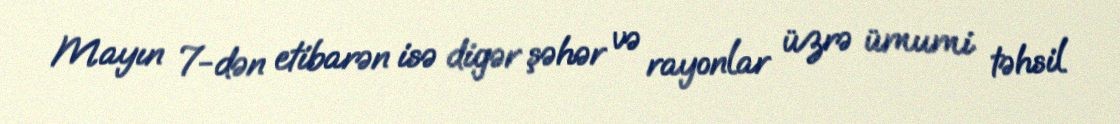
Mayın 7-dən etibarən isə digər şəhər və rayonlar üzrə ümumi təhsil